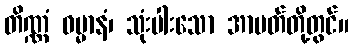
တိဏ္ဏံ ဓမ္မာနံ၊ သုံးပါးသော အာပတ်တို့တွင်။